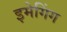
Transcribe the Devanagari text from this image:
इमेगिंग